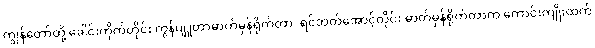
ကျွန်တော်တို့ ခေါင်းကိုက်တိုင်း ကွန်ပျူတာဓာတ်မှန်ရိုက်တာ၊ ရင်ဘတ်အောင့်တိုင်း ဓာတ်မှန်ရိုက်တာက ကောင်းကျိုးထက်